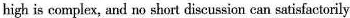
high is complex,and no short discussion can satisfactorily